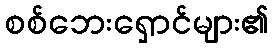
စစ်ဘေးရှောင်များ၏